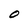
Character: O